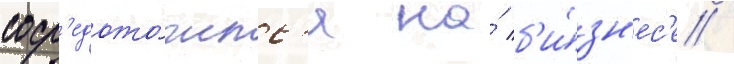
соср'едото́чилс'я на́ б'и́зн'ес'е /